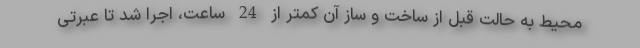
محیط به حالت قبل از ساخت و ساز آن کمتر از 24 ساعت، اجرا شد تا عبرتی